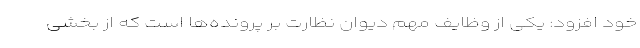
خود افزود: یکی از وظایف مهم دیوان نظارت بر پرونده‌ها است که از بخشی